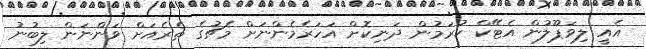
އެއީ ލިވަޕޫލުން އެޓޭކް ކުރަމުން ދަނިކޮށް އަހަރެމެންނަށް މެޗުގެ ތެރެއަށް ވަންނަން ލިބުނު